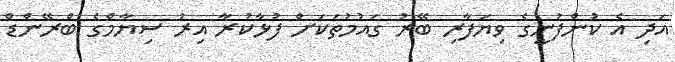
އަދި އެ ކުންފުނީގެ ވިޔަފާރި ބޭރު ގައުމުތަކަށް ފުޅާކުރާ އިރު ސިޔާމްގެ ބްރޭންޑް